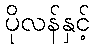
ပိုလန်နှင့်